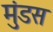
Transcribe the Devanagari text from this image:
मुंडस